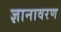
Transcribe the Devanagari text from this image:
ज्ञानावरण